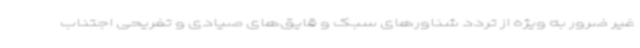
غیر ضرور به ویژه از تردد شناورهای سبک و قایق‌های صیادی و تفریحی اجتناب